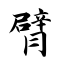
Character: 臂